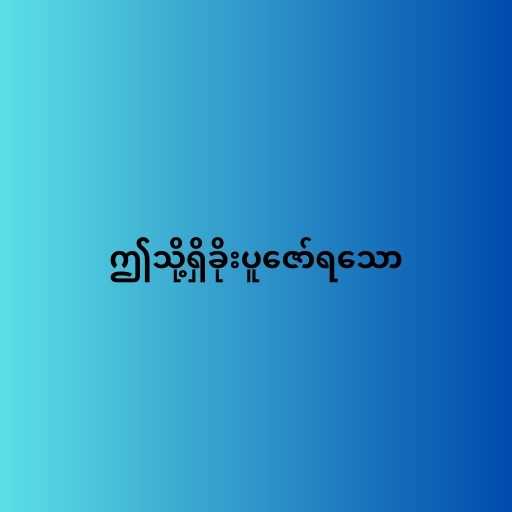
ဤသို့ရှိခိုးပူဇော်ရသော